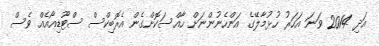
އަދި 2014 ވަނަ އަހަރު ހުޅުމާލޭގެ އަންހެނުންނަށް ހާއްސަކޮށްގެން އެރޮބިކްސް ސްޓޫޑިއޯއެއް ވެސް